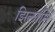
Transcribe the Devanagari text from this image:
झिलानि